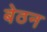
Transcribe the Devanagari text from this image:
बेठन